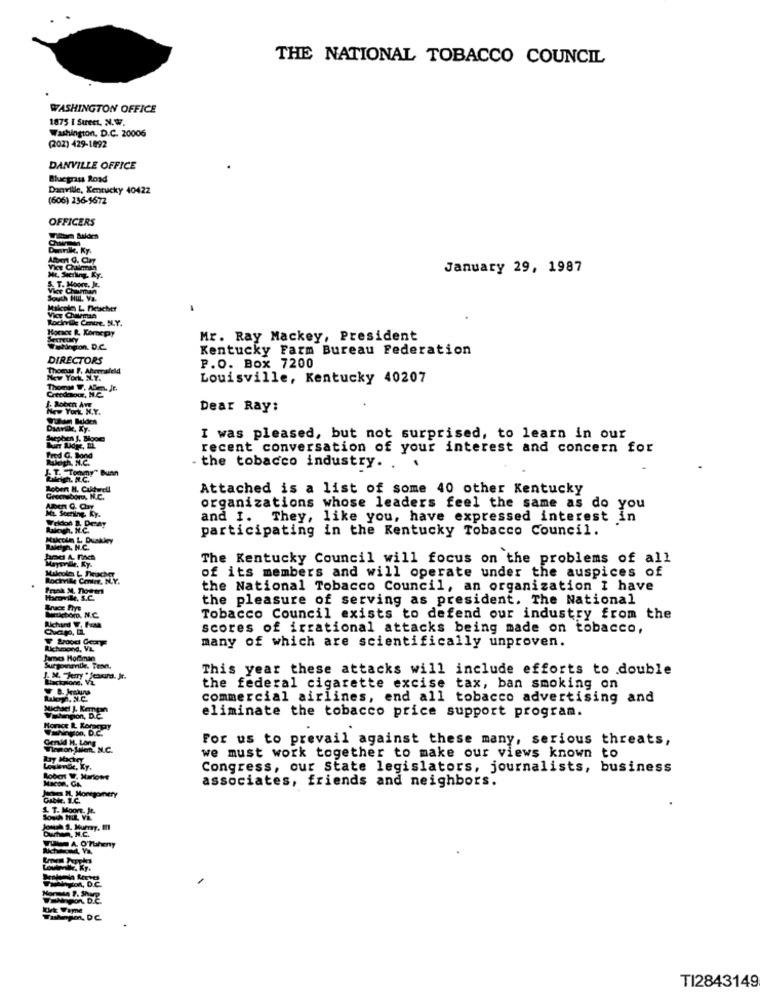
THE NATIONAL TOBACCO COUNCIL
WASHINGTON OFFICE
1875 I Sureet, N.W.
Washington, D.C. 20006
(202) 429-1892
DANVILLE OFFICE
Bluegrass Road
Danville, Kentucky 40422
(606) 236-5672
OFFICERS
Dearille, Ky.
January 29, 1987
Me. Sterling, Ky.
& T. Moore, Je.
Souch Hul. Va.
Mikola L Detscher
Vice Chairman
Rockril Centre. N.Y.
Horace R. Komnepay
Mr. Ray Mackey, President
Kentucky Farm Bureau Federation
DIRECTORS
Thomas F. Aherrafeld
P.O. Box 7200
NEW York, N.Y.
Louisville, Kentucky 40207
Creedolour, N.C.
New York N.Y.
Dear Ray:
Wuhan Biden
Danville, Xy.
I was pleased, but not surprised, to learn in our
recent conversation of your interest and concern for
Fred G. Sand
Raleigh, N.C.
J. T. "Tommy" Bunn
- the tobacco industry ..
.
Megh. IL.C.
Aoben H. Caldwell
Attached is a list of some 40 other Kentucky
ML. Sceriing. Ky.
organizations whose leaders feel the same as do you
Weldon B. Denay
and I. They, like you, have expressed interest in
Megh, H.C.
participating in the Kentucky Tobacco Council.
Multin L. Duakley
Raleigh, N.C.
Mayerille, Ky.
The Kentucky Council will focus on the problems of all
Rockvile Comune, N.Y.
of its members and will operate under the auspices of
the National Tobacco Council, an organization I have
Harville, S.C.
the pleasure of serving as president. The National
Richard F, Fusa
Tobacco Council exists to defend our industry from the
scores of irrational attacks being made on tobacco,
many of which are scientifically unproven.
Richmond, VL
James Hofman
This year these attacks will include efforts to double
the federal cigarette excise tax, ban smoking on
commercial airlines, end all tobacco advertising and
Michael J. Kempan
Valupon, D.C.
eliminate the tobacco price support program.
Horace R Korangry
Genid H. Lang
For us to prevail against these many, serious threats,
Tonon Sen. N.C.
we must work together to make our views known to
Losavec, Ky.
Congress, our State legislators, journalists, business
Robert W. Marlowe
associates, friends and neighbors.
mes IL, Montgomery
GAME. I.C.
S. T. Moore, Je.
South Hit. Vi.
Dwtun, N.C.
LA O'Theny
VENE toA, D.C.
VONpon D.E.
Kik Wayne
TI2843149